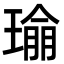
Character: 𪼔